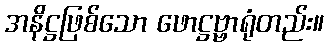
အနိဋ္ဌဖြစ်သော ဖောဋ္ဌဗ္ဗာရုံတည်း။